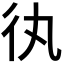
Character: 𢓃